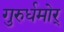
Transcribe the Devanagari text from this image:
गुरुर्धमोर्